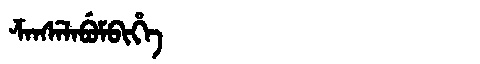
Manchu: ᡯᠠᠨᠰᡝᠯᠠᠪᡠᠮᠪᡳᡥᡝ
Romanization: DZANSELABUMBIHE